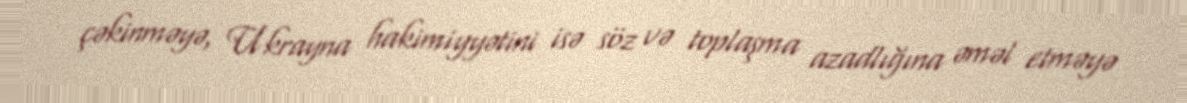
çəkinməyə, Ukrayna hakimiyyətini isə söz və toplaşma azadlığına əməl etməyə